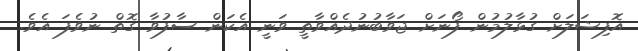
އޮފިޝަލަށް ގުޅާލުމުން ފޯނަށް ޖަވާބުނުދެއްވާތީ ވަނީ އެކަން ސާފުވާ ގޮތް ނުވެފަ އެވެ.